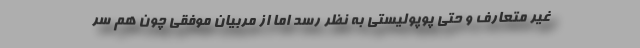
غیر متعارف و حتی پوپولیستی به نظر رسد اما از مربیان موفقی چون هم سر